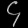
Digit: ၄